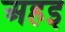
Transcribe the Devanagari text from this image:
अहइ